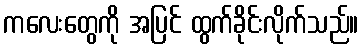
ကလေးတွေကို အပြင် ထွက်ခိုင်းလိုက်သည်။